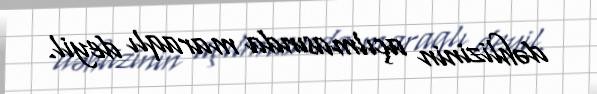
dəhlizinin açılmasında maraqlı deyil.